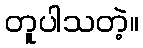
တူပါသတဲ့။